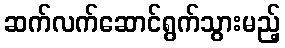
ဆက်လက်ဆောင်ရွက်သွားမည့်